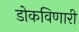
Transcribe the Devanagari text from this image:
डोकविणारी